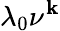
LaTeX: \lambda_{0}\nu^{\mathbf{k}}